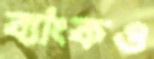
ব্যাংকও